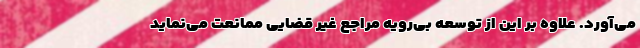
می‌آورد. علاوه بر این از توسعه بی‌رویه مراجع غیر قضایی ممانعت می‌نماید